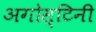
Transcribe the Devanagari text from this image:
अगोस्टिनी